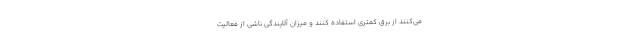
می‌کنند از برق کمتری استفاده کنند و میزان آلایندگی ناشی از فعالیت